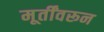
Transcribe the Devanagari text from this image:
मूर्तींवरून